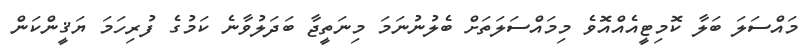
މައްސަލަ ބަލާ ކޮމިޓީއެއްއޮވެ މިމައްސަލަތަށް ބެލުނުނަމަ މިނަތީޖާ ބަދަލުވާނެ ކަމުގެ ފުރިހަމަ ޔަޤީންކަން